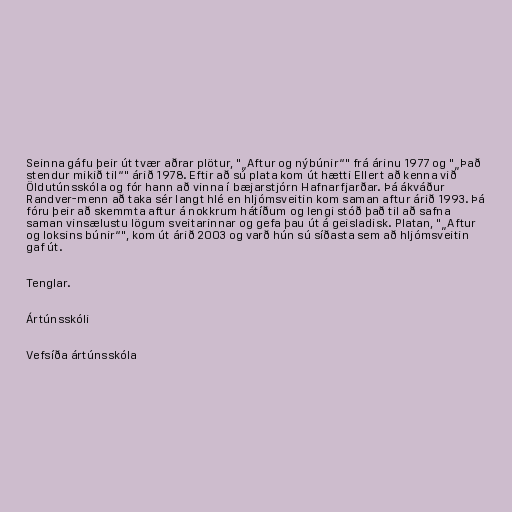
Seinna gáfu þeir út tvær aðrar plötur, "„Aftur og nýbúnir“" frá árinu 1977 og "„Það
stendur mikið til“" árið 1978. Eftir að sú plata kom út hætti Ellert að kenna við
Öldutúnsskóla og fór hann að vinna í bæjarstjórn Hafnarfjarðar. Þá ákváður
Randver-menn að taka sér langt hlé en hljómsveitin kom saman aftur árið 1993. Þá
fóru þeir að skemmta aftur á nokkrum hátíðum og lengi stóð það til að safna
saman vinsælustu lögum sveitarinnar og gefa þau út á geisladisk. Platan, "„Aftur
og loksins búnir“", kom út árið 2003 og varð hún sú síðasta sem að hljómsveitin
gaf út.

Tenglar.

Ártúnsskóli

Vefsíða ártúnsskóla